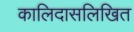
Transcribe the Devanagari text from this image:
कालिदासलिखित